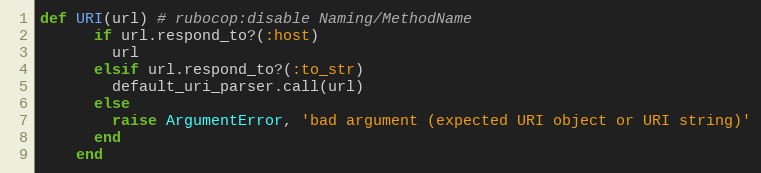
Language: Ruby
def URI(url) # rubocop:disable Naming/MethodName
      if url.respond_to?(:host)
        url
      elsif url.respond_to?(:to_str)
        default_uri_parser.call(url)
      else
        raise ArgumentError, 'bad argument (expected URI object or URI string)'
      end
    end